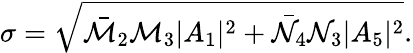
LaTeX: \sigma=\sqrt{\bar{\mathcal{M}}_{2}{\mathcal{M}}_{3}|A_{1}|^{2}+\bar{\mathcal{N}}_{4}{\mathcal{N}}_{3}|A_{5}|^{2}}.